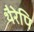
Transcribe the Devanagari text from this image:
थैरेपि